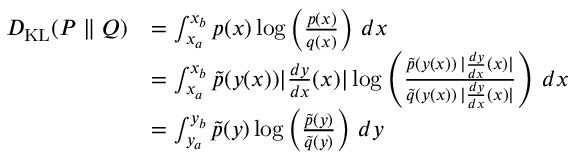
{ \begin{array} { r l } { D _ { \mathrm { K L } } ( P \parallel Q ) } & { = \int _ { x _ { a } } ^ { x _ { b } } p ( x ) \log \left( { \frac { p ( x ) } { q ( x ) } } \right) \, d x } \\ & { = \int _ { x _ { a } } ^ { x _ { b } } { \tilde { p } } ( y ( x ) ) | { \frac { d y } { d x } } ( x ) | \log \left( { \frac { { \tilde { p } } ( y ( x ) ) \, | { \frac { d y } { d x } } ( x ) | } { { \tilde { q } } ( y ( x ) ) \, | { \frac { d y } { d x } } ( x ) | } } \right) \, d x } \\ & { = \int _ { y _ { a } } ^ { y _ { b } } { \tilde { p } } ( y ) \log \left( { \frac { { \tilde { p } } ( y ) } { { \tilde { q } } ( y ) } } \right) \, d y } \end{array} }